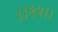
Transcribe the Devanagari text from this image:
।।९४।।